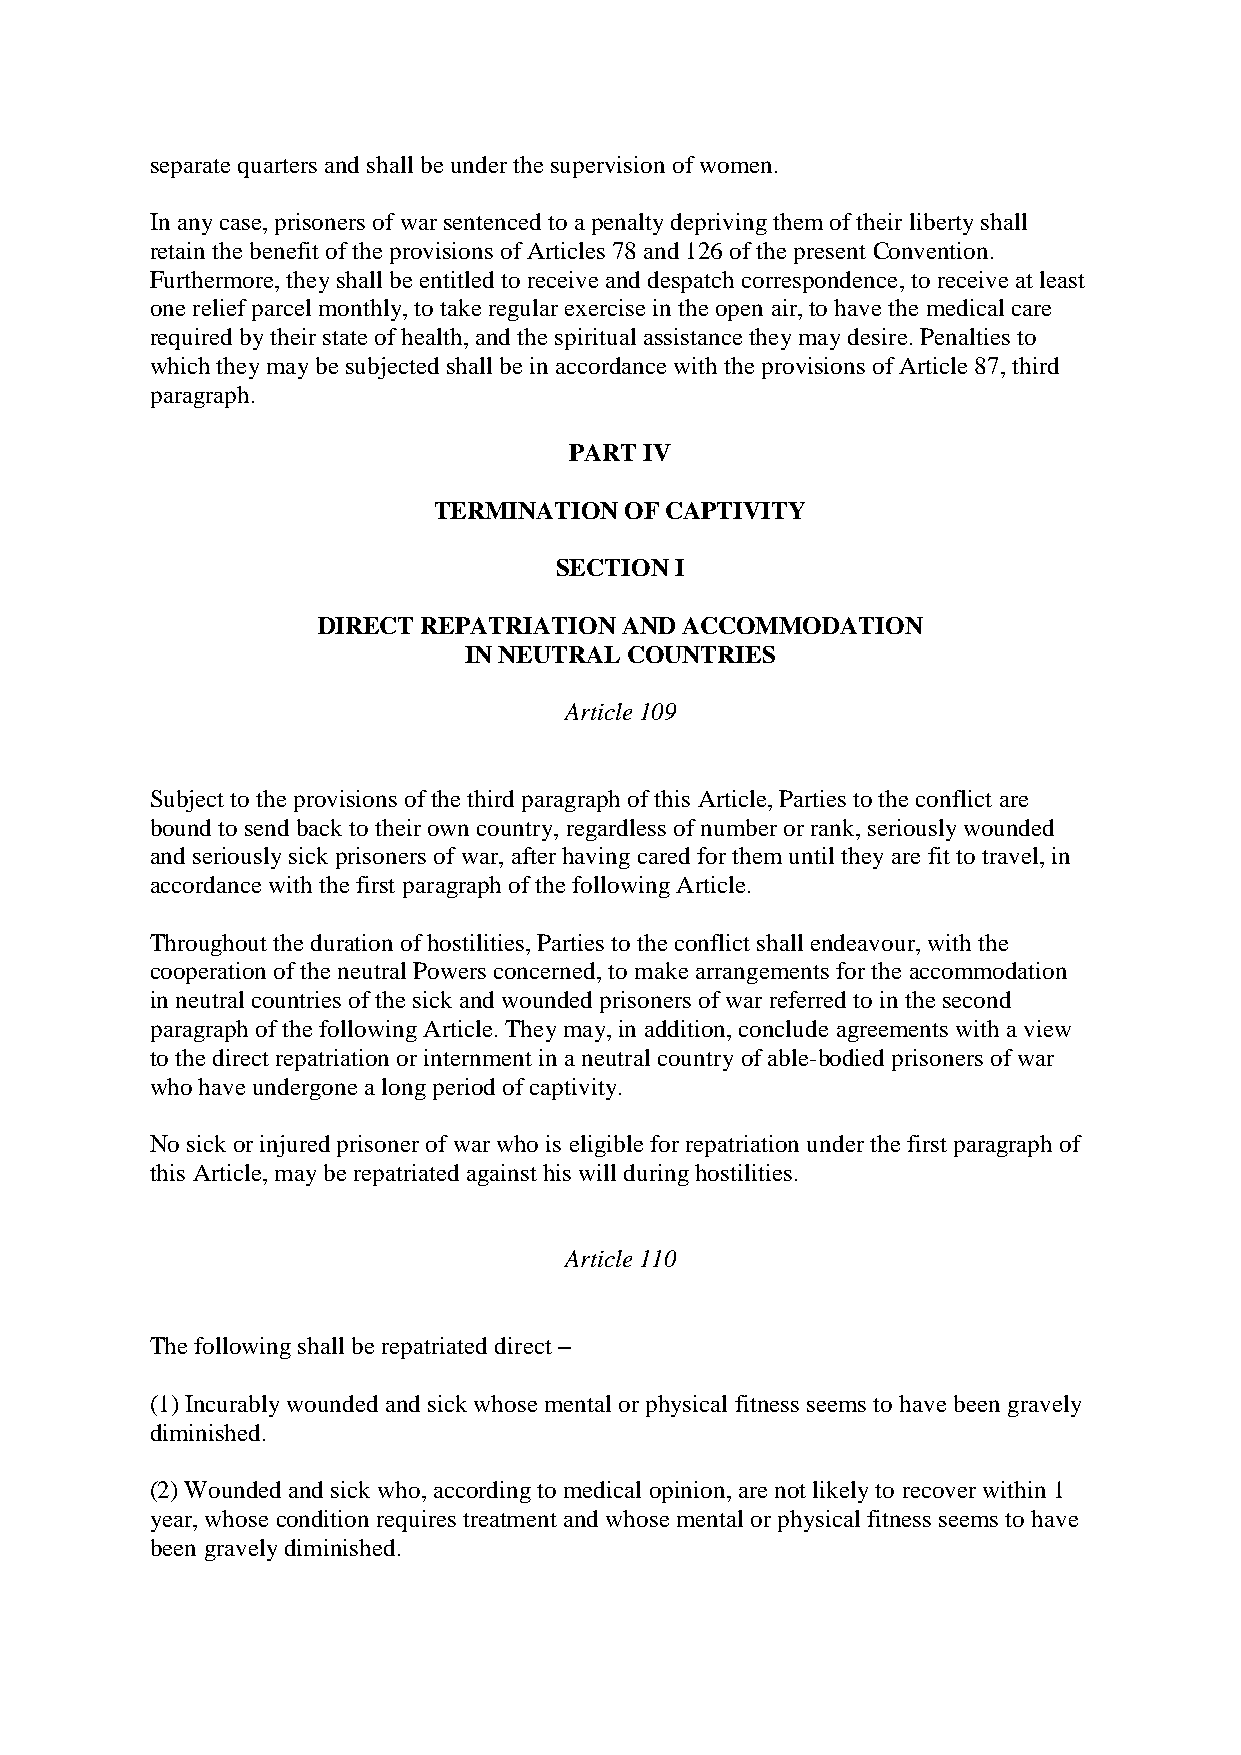
separate quarters and shall be under the supervision of women.
 In any case, prisoners of war sentenced to a penalty depriving them of their liberty shall
 retain the benefit of the provisions of Articles 78 and 126 of the present Convention.
 Furthermore, they shall be entitled to receive and despatch correspondence, to receive at least
 one relief parcel monthly, to take regular exercise in the open air, to have the medical care
 required by their state of health, and the spiritual assistance they may desire. Penalties to
 which they may be subjected shall be in accordance with the provisions of Article 87, third
 paragraph.
 PART IV
 TERMINATION OF CAPTIVITY
 SECTION I
 DIRECT REPATRIATION AND ACCOMMODATION
 IN NEUTRAL COUNTRIES
 Article 109
 Subject to the provisions of the third paragraph of this Article, Parties to the conflict are
 bound to send back to their own country, regardless of number or rank, seriously wounded
 and seriously sick prisoners of war, after having cared for them until they are fit to travel, in
 accordance with the first paragraph of the following Article.
 Throughout the duration of hostilities, Parties to the conflict shall endeavour, with the
 cooperation of the neutral Powers concerned, to make arrangements for the accommodation
 in neutral countries of the sick and wounded prisoners of war referred to in the second
 paragraph of the following Article. They may, in addition, conclude agreements with a view
 to the direct repatriation or internment in a neutral country of able-bodied prisoners of war
 who have undergone a long period of captivity.
 No sick or injured prisoner of war who is eligible for repatriation under the first paragraph of
 this Article, may be repatriated against his will during hostilities.
 Article 110
 The following shall be repatriated direct –
 (1) Incurably wounded and sick whose mental or physical fitness seems to have been gravely
 diminished.
 (2) Wounded and sick who, according to medical opinion, are not likely to recover within 1
 year, whose condition requires treatment and whose mental or physical fitness seems to have
 been gravely diminished.